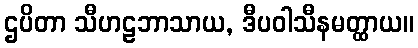
ဌပိတာ သီဟဠဘာသာယ, ဒီပဝါသီနမတ္ထာယ။